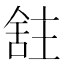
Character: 𫇕